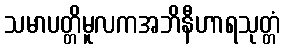
သမာပတ္တိမူလကအဘိနီဟာရသုတ္တံ